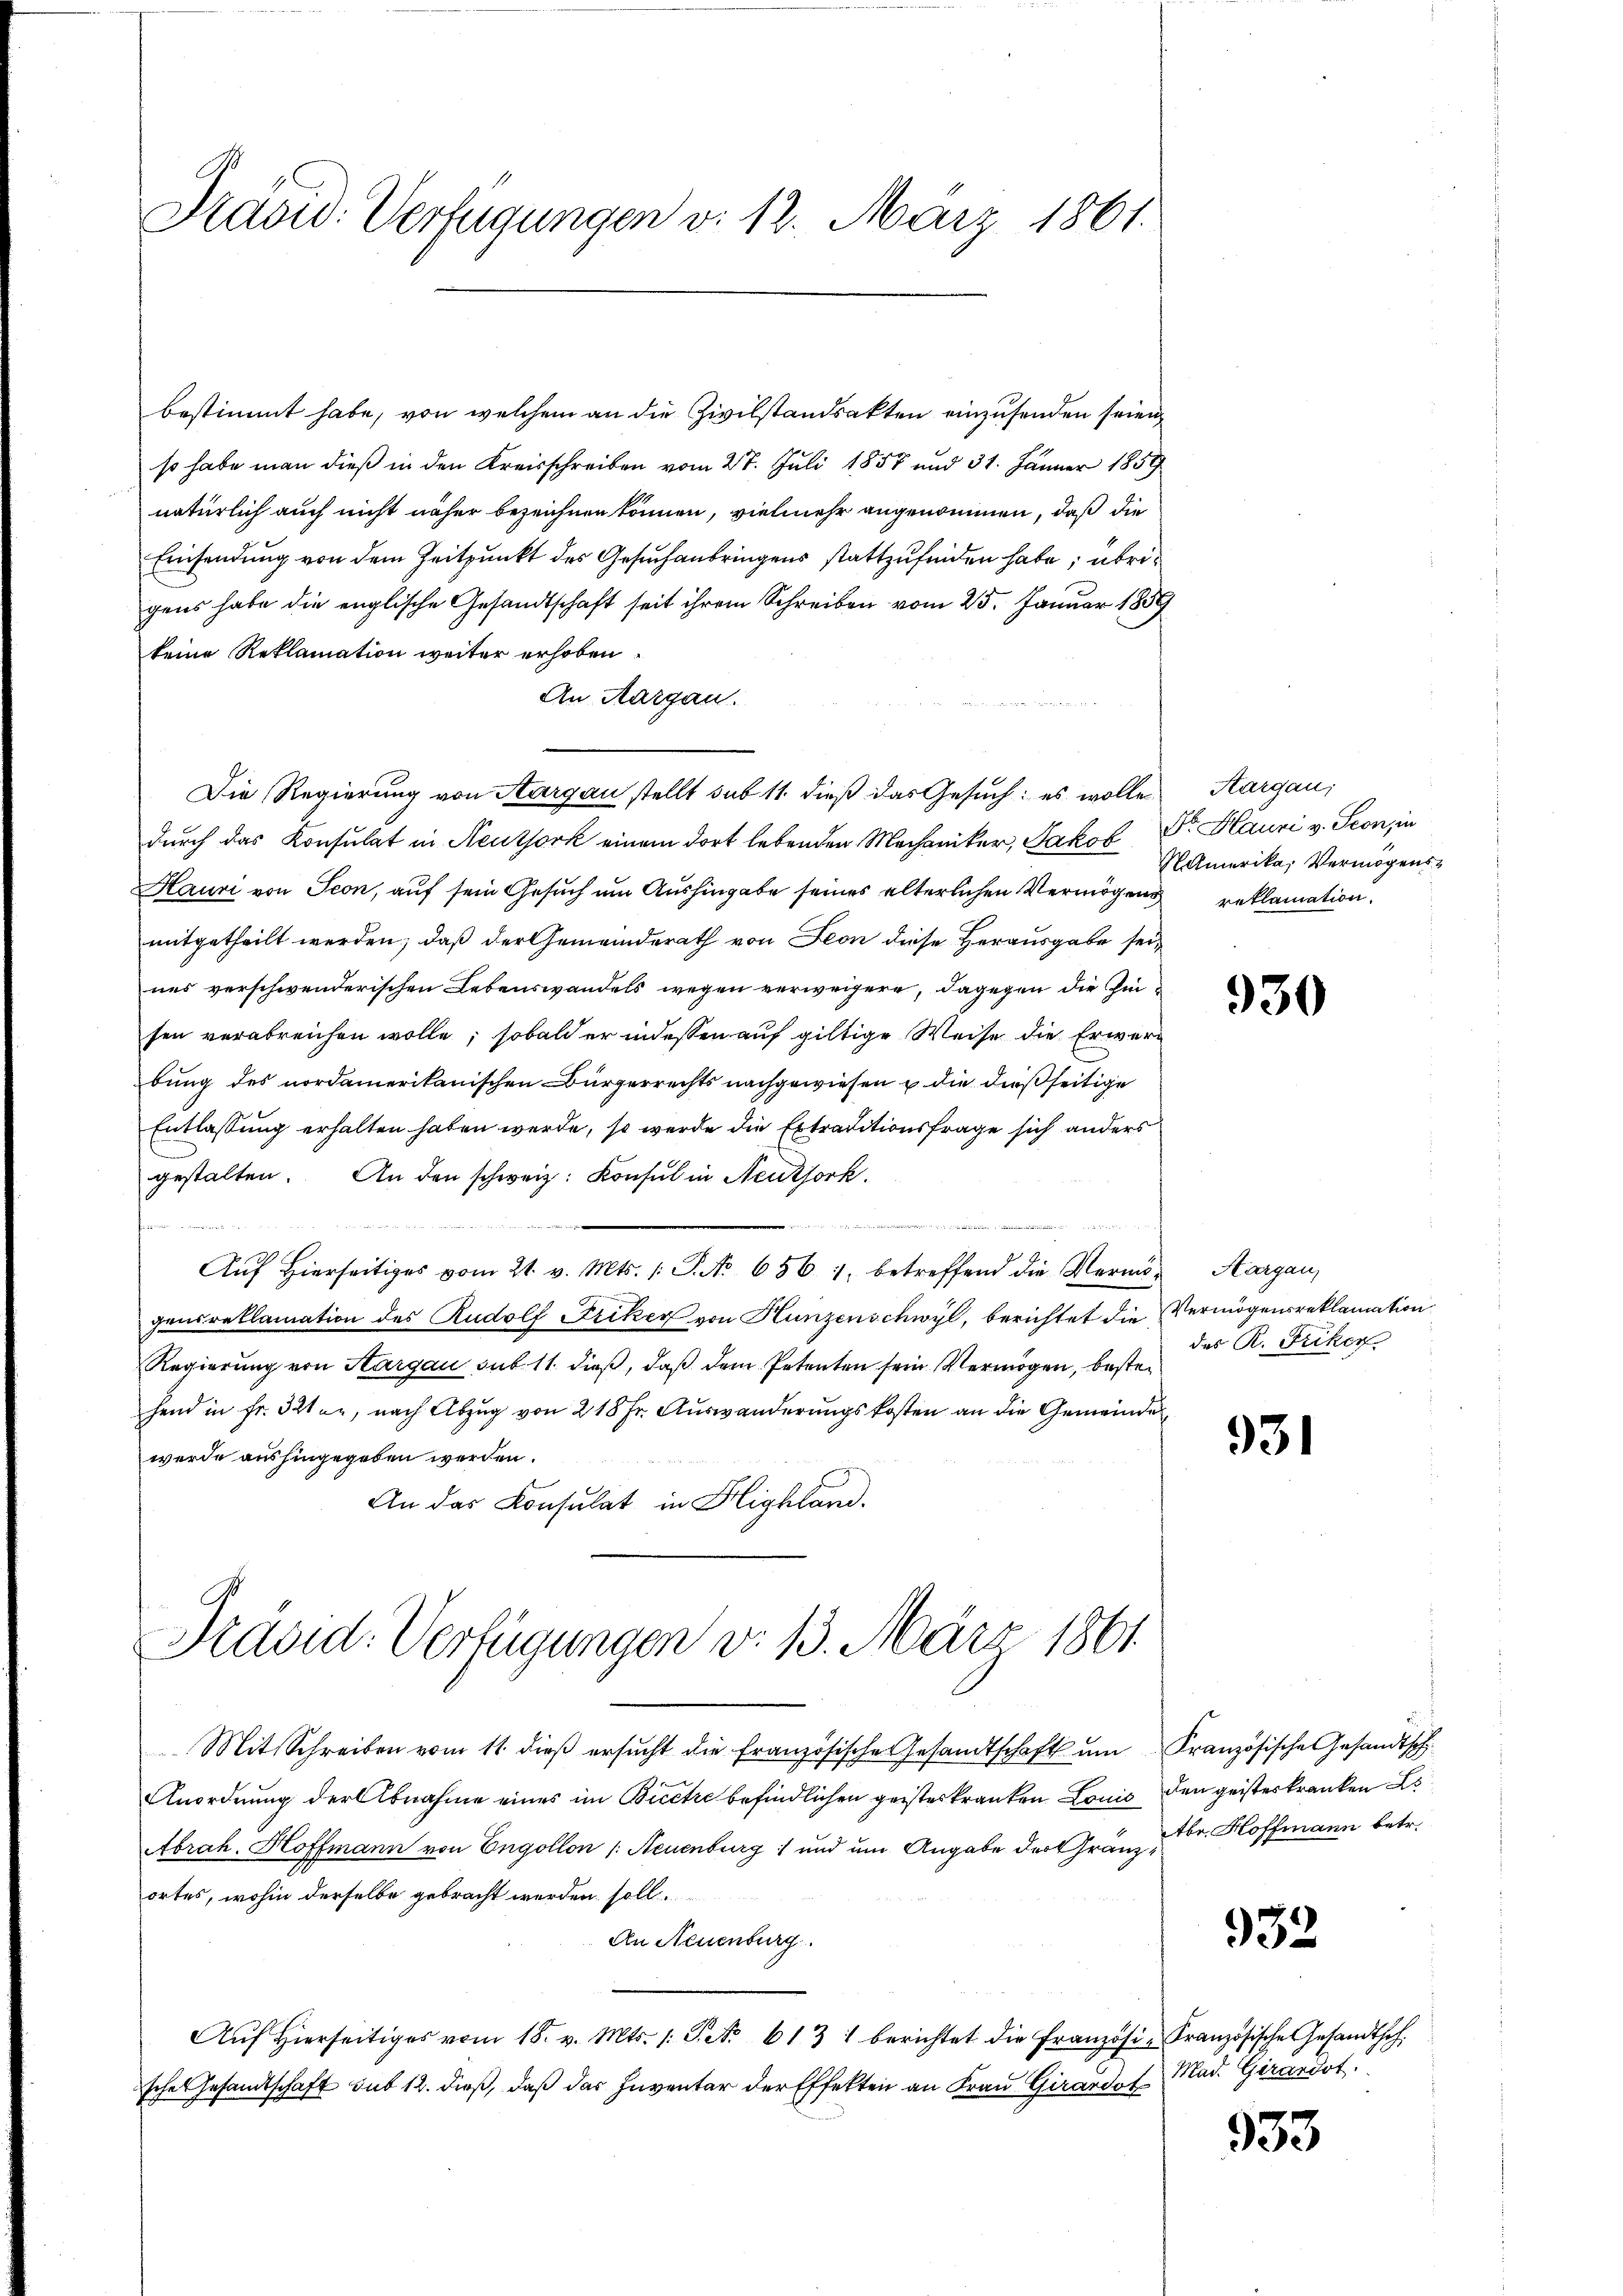
Kaow: Verfügungen v. 12. März 1861.

bestimmt habe, von welchem an die Zivilstandsakten einzusenden seien
so habe man dieß in den Kreisschreiben vom 27. Juli 1858 und 31. Jänner 1859
natürlich auch nicht näher bezeichnen können, vielmehr angenommen, daß die
Einsendung von dem Zeitpunkt des Gesuch anbringens stattzufinden habe; übrigens habe die englische Gesandtschaft seit ihrem Schreiben vom 25. Januar 1859
keine Reklamation weiter erhoben.
An Aargau.
Die Regierung von Aargau stellt sub 11 dieß das Gesuch: es wolle
durch das Konsulat in Neuthork einem dort lebenden Mechaniker, Jakob
Hauri von Seon, auf sein Gesuch um Aushingabe seines älterlichen Vermögens reklamation.
mitgetheilt werden, daß der Gemeinderath von Seon diese Herausgabe seines verschwenderischen Lebenswandels wegen verweigere, dagegen die Gesen verabreichen wolle, sobald er indessen auf giltige Weise die Erwerbung des nordamerikanischen Bürgerrechts nachgewiesen & die dießseitige
Entlassung erhalten haben werde, so werde die Extraditionsfrage sich anders
gestalten. An den schweiz. Konsul in Neuksork
de

Aŭf Hierseitiges vom 21. v. Mts. 1. P. No 656. 1. betreffend die Vermögensreklamation des Rudolf Ficker von Hunzenschwyl, berichtet die Vermögensreklamation
Regierung von Aargau sub. 11. dieß, daß dem Petenten sein Vermögen, bestehend in Fr. 321 er, nach Abzug von 218 Fr. Auswanderungskosten an die Gemeinde
werde aushingegeben werden.
An das Konsulat in Highland.

Kravid. Verfügungen d. 13. März 1861

Aargau;
Dr. Hauri v. Seon, in
NAmerika, Vermögens¬

Mit Schreiben vom 11. dieβ ersŭcht die französische Gesandtschaft ŭm Französische Gesandtsch
Anordnung der Abnahme eines im Biete befindlichen geisteskranken Louis den geisterkranken s
Abrah. Hoffmann von Engollon /: Neuenburg und um Angabe der Gränzortes, wohin derselbe gebracht werden soll.
An Neuenburg.
Aŭf Hierseitiges vom 18. v. Mts. s. S. Nr. 613 1 berichtet die Französi-Französische Gesandthof.
sches Gesamtschaft sub 12. dieß, daß das Inventar der Effekten an Frau Girardo

930

Aargau,
des R. Ficker

931

Abe. Hoffmann betr.

932

Mad. Girardot

933